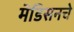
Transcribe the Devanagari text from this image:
मॅडिसनचे